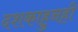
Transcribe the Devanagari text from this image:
दशकाहुनही